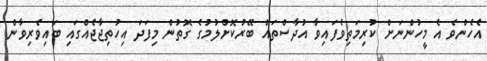
އެހެންވެ އެ މީހުންނަށް ކުރިމަތިވެފައިވާ އުދާސްތައް ބޭރުކޮށްލުމުގެ ގޮތުން މިފަދަ އިހުތިޖާޖެއްގައި ބައިވެރިވާން